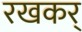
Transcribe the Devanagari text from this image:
रखकर्